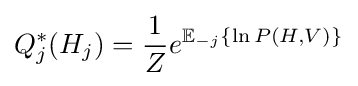
Q_{j}^{*}(H_{j})={\frac {1}{Z}}e^{\mathbb {E} _{-j}\{\ln P(H,V)\}}